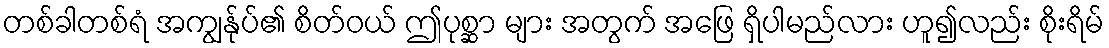
တစ်ခါတစ်ရံ အကျွန်ုပ်၏ စိတ်ဝယ် ဤပုစ္ဆာ များ အတွက် အဖြေ ရှိပါမည်လား ဟူ၍လည်း စိုးရိမ်